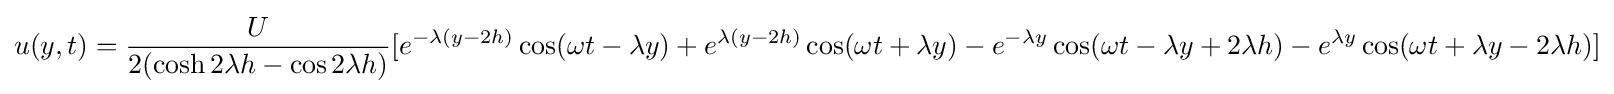
u(y,t)={\frac {U}{2(\cosh 2\lambda h-\cos 2\lambda h)}}[e^{-\lambda (y-2h)}\cos(\omega t-\lambda y)+e^{\lambda (y-2h)}\cos(\omega t+\lambda y)-e^{-\lambda y}\cos(\omega t-\lambda y+2\lambda h)-e^{\lambda y}\cos(\omega t+\lambda y-2\lambda h)]